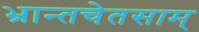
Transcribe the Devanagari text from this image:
भ्रान्तचेतसाम्